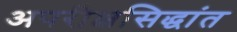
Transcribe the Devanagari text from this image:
अपरीक्षसिद्धांत